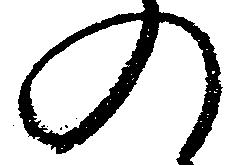
の